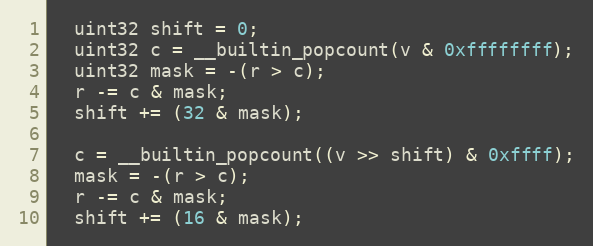
Language: C
  uint32 shift = 0;
  uint32 c = __builtin_popcount(v & 0xffffffff);
  uint32 mask = -(r > c);
  r -= c & mask;
  shift += (32 & mask);

  c = __builtin_popcount((v >> shift) & 0xffff);
  mask = -(r > c);
  r -= c & mask;
  shift += (16 & mask);